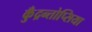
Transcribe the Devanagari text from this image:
कुँद्रन्तोप्सिया